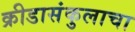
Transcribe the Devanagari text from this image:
क्रीडासंकुलाचा